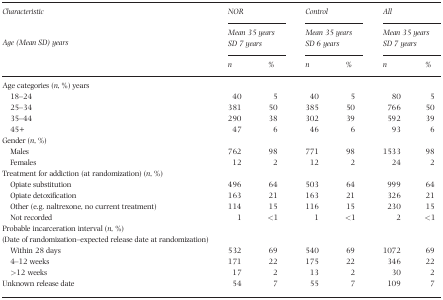
<table><thead><tr><td><b>Characteristic</b></td><td colspan="2"><b>NOR</b></td><td colspan="2"><b>Control</b></td><td colspan="2"><b>All</b></td></tr><tr><td><b>Age (Mean SD) years</b></td><td colspan="2"><b>Mean 35 yearsSD 7 years</b></td><td colspan="2"><b>Mean 35 yearsSD 6 years</b></td><td colspan="2"><b>Mean 35 yearsSD 7 years</b></td></tr><tr><td></td><td><b><i>n</i></b></td><td><b>%</b></td><td><b><i>n</i></b></td><td><b>%</b></td><td><b><i>n</i></b></td><td><b>%</b></td></tr></thead><tbody><tr><td>Age categories (<i>n</i>, %) years</td><td></td><td></td><td></td><td></td><td></td><td></td></tr><tr><td>18–24</td><td>40</td><td>5</td><td>40</td><td>5</td><td>80</td><td>5</td></tr><tr><td>25–34</td><td>381</td><td>50</td><td>385</td><td>50</td><td>766</td><td>50</td></tr><tr><td>35–44</td><td>290</td><td>38</td><td>302</td><td>39</td><td>592</td><td>39</td></tr><tr><td>45+</td><td>47</td><td>6</td><td>46</td><td>6</td><td>93</td><td>6</td></tr><tr><td>Gender (<i>n</i>, %)</td><td></td><td></td><td></td><td></td><td></td><td></td></tr><tr><td>Males</td><td>762</td><td>98</td><td>771</td><td>98</td><td>1533</td><td>98</td></tr><tr><td>Females</td><td>12</td><td>2</td><td>12</td><td>2</td><td>24</td><td>2</td></tr><tr><td>Treatment for addiction (at randomization) (<i>n</i>, %)</td><td></td><td></td><td></td><td></td><td></td><td></td></tr><tr><td>Opiate substitution</td><td>496</td><td>64</td><td>503</td><td>64</td><td>999</td><td>64</td></tr><tr><td>Opiate detoxification</td><td>163</td><td>21</td><td>163</td><td>21</td><td>326</td><td>21</td></tr><tr><td>Other (e.g. naltrexone, no current treatment)</td><td>114</td><td>15</td><td>116</td><td>15</td><td>230</td><td>15</td></tr><tr><td>Not recorded</td><td>1</td><td>&lt;1</td><td>1</td><td>&lt;1</td><td>2</td><td>&lt;1</td></tr><tr><td>Probable incarceration interval (<i>n</i>, %)</td><td></td><td></td><td></td><td></td><td></td><td></td></tr><tr><td>(Date of randomization–expected release date at randomization)</td><td></td><td></td><td></td><td></td><td></td><td></td></tr><tr><td>Within 28 days</td><td>532</td><td>69</td><td>540</td><td>69</td><td>1072</td><td>69</td></tr><tr><td>4–12 weeks</td><td>171</td><td>22</td><td>175</td><td>22</td><td>346</td><td>22</td></tr><tr><td>&gt;12 weeks</td><td>17</td><td>2</td><td>13</td><td>2</td><td>30</td><td>2</td></tr><tr><td>Unknown release date</td><td>54</td><td>7</td><td>55</td><td>7</td><td>109</td><td>7</td></tr></tbody></table>